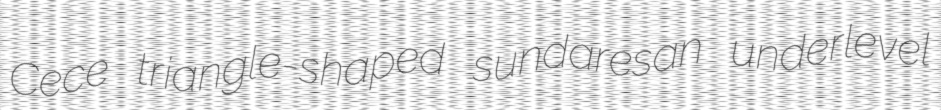
Cece triangle-shaped sundaresan underlevel